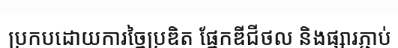
ប្រកបដោយការច្នៃប្រឌិត ផ្នែកឌីជីថល និងផ្សារភ្ជាប់